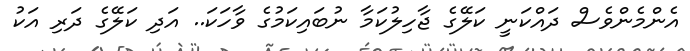
އެންމެންވެސް ދައްކަނީ ކަލޭގެ ޖާހިލުކަމާ ނުބައިކަމުގެ ވާހަކަ.. އަދި ކަލޭގެ ދަރި އަކު